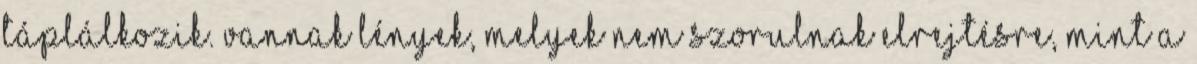
táplálkozik. Vannak lények, melyek nem szorulnak elrejtésre, mint a